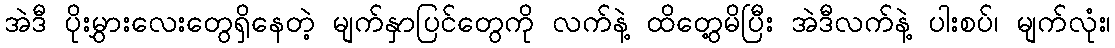
အဲဒီ ပိုးမွှားလေးတွေရှိနေတဲ့ မျက်နှာပြင်တွေကို လက်နဲ့ ထိတွေ့မိပြီး အဲဒီလက်နဲ့ ပါးစပ်၊ မျက်လုံး၊